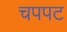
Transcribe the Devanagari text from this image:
चपपट